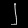
Digit: ၂